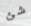
شئ